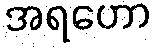
အရဟော